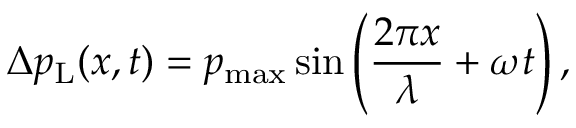
\Delta p _ { \mathrm { L } } ( x , t ) = p _ { \mathrm { m a x } } \sin \left( { \frac { 2 \pi x } { \lambda } } + \omega t \right) ,